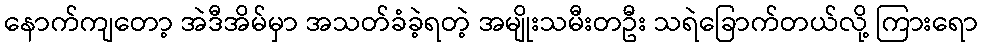
နောက်ကျတော့ အဲဒီအိမ်မှာ အသတ်ခံခဲ့ရတဲ့ အမျိုးသမီးတဦး သရဲခြောက်တယ်လို့ ကြားရော